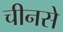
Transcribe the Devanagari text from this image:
चीनसे